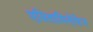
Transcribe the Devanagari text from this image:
एसितामिनोफेन